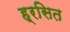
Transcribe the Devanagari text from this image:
ह्रसित